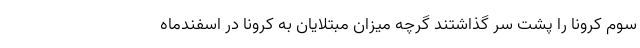
سوم کرونا را پشت سر گذاشتند گرچه میزان مبتلایان به کرونا در اسفندماه